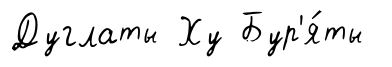
Дуглаты Ху Бур'я́ты